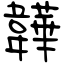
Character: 韡